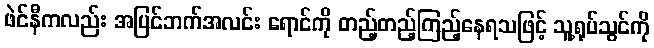
ဖဲင်နီကလည်း အပြင်ဘက်အလင်း ရောင်ကို တည့်တည့်ကြည့်နေရသဖြင့် သူ့ရုပ်သွင်ကို